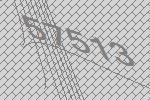
57513